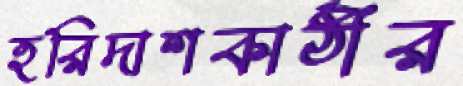
হরিদাশকাঠীর